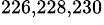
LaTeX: ^{226,228,230}